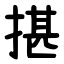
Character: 揕